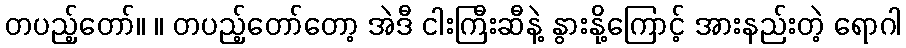
တပည့်တော်။ ။ တပည့်တော်တော့ အဲဒီ ငါးကြီးဆီနဲ့ နွားနို့ကြောင့် အားနည်းတဲ့ ရောဂါ